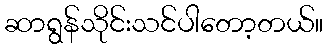
ဆာရွန်သိုင်းသင်ပါတော့တယ်။